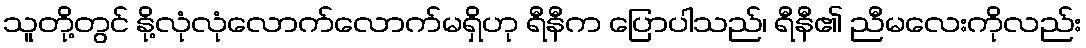
သူတို့တွင် နို့လုံလုံလောက်လောက်မရှိဟု ရီနီက ပြောပါသည်၊ ရီနီ၏ ညီမလေးကိုလည်း